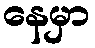
နေမှာ